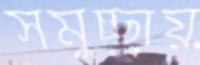
সমুচ্ছ্রায়